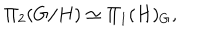
\Pi _ { 2 } ( G / H ) \simeq \Pi _ { 1 } ( H ) _ { G } ,